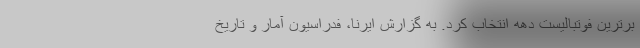
برترین فوتبالیست دهه انتخاب کرد. به گزارش ایرنا، فدراسیون آمار و تاریخ